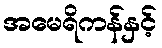
အမေရိကန်နှင့်